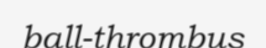
ball-thrombus